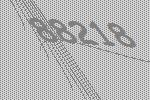
88218